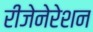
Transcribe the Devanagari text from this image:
रीजेनेरेशन